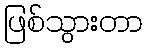
ဖြစ်သွားတာ